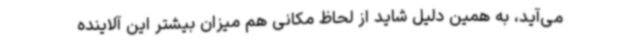
می‌آید، به همین دلیل شاید از لحاظ مکانی هم میزان بیشتر این آلاینده